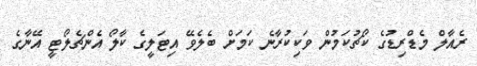
ރެއާލް މެޑްރިޑުގެ ކޯޗުކަމުން ވަކިކުރާނެ ކަމަށް ބެލެވޭ އިޓަލީގެ ކާލޯ އެންޗެލޯޓީ އޭނާގެ